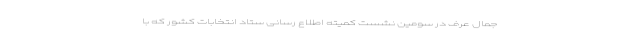
جمال عرف در سومین نشست کمیته اطلاع رسانی ستاد انتخابات کشور که با